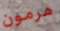
هرمون